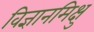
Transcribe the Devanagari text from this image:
विज्ञानमिक्षु